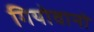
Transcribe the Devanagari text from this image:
गियोवानो